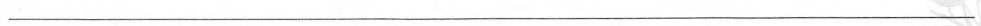
___